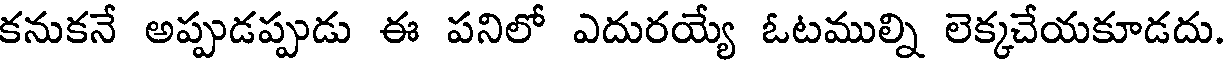
కనుకనే అప్పుడప్పుడు ఈ పనిలో ఎదురయ్యే ఓటముల్ని లెక్కచేయకూడదు.